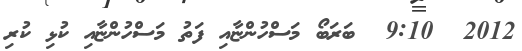
2012  9:10  ބަރަބޯ މަސްހުންޏާއި ފަތު މަސްހުންޏާއި ކުޅި ކުރި